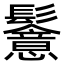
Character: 𩯵